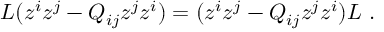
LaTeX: L ( z ^ { i } z ^ { j } - Q _ { i j } z ^ { j } z ^ { i } ) = ( z ^ { i } z ^ { j } - Q _ { i j } z ^ { j } z ^ { i } ) L \ .